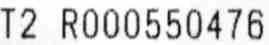
T2 R000550476